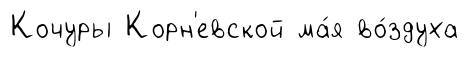
Кочуры Корн'евской ма́я во́здуха